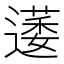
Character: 𮟋